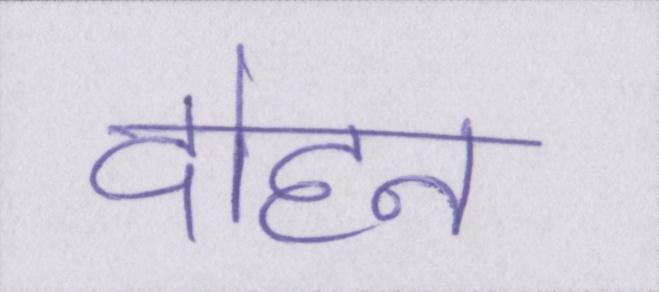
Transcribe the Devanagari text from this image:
दोहन